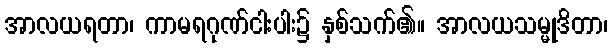
အာလယရတာ၊ ကာမရဂုဏ်ငါးပါး၌ နှစ်သက်၏။ အာလယသမ္မုဒိတာ၊